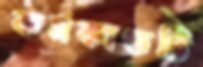
কর্মকাণ্ডটি